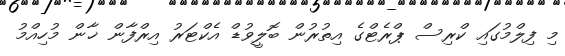
މި ފިލްމުގައި ކްރިސް ޕްރެޓްގެ އިތުރުން ބޮލީވުޑް އެކްޓަރު އިރްފާން ޚާން މުހިއްމު